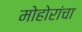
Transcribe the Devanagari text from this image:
मोहोरांचा